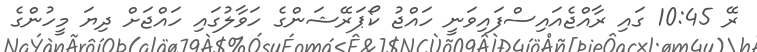
ރޭ 10:45 ގައި ރާއްޖެއައިސްފައިވަނީ ހައްޖު ކޯޕަރޭޝަންގެ ހަވާލުގައި ހައްޖަށް ދިޔަ މީހުންގެ